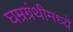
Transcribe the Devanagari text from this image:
घम्रग्रंथीमध्ये